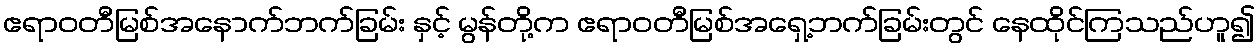
ဧရာဝတီမြစ်အနောက်ဘက်ခြမ်း နှင့် မွန်တို့က ဧရာဝတီမြစ်အရှေ့ဘက်ခြမ်းတွင် နေထိုင်ကြသည်ဟူ၍